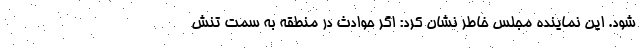
شود. این نماینده مجلس خاطر نشان کرد: اگر حوادث در منطقه به سمت تنش